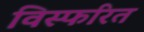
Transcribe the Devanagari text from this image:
विस्फरित